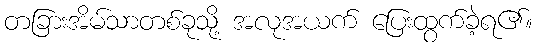
တခြားအိမ်သာတစ်ခုသို့ အလုအယက် ပြေးထွက်ခဲ့ရ၏။